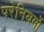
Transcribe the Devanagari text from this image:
परेनियमों